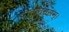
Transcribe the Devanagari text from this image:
पीतवाससम्‌।